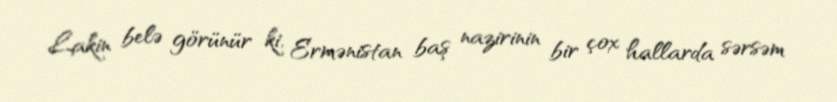
Lakin belə görünür ki, Ermənistan baş nazirinin bir çox hallarda sərsəm